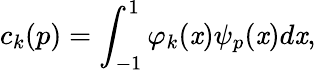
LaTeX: c_{k}(p)=\int_{-1}^{1}{\varphi}_{k}(\mathit{x})\psi_{p}(\mathit{x})d\mathit{x},